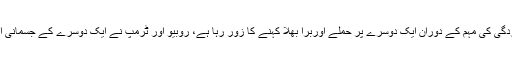
ریپبلیکن پارٹی کی صدارتی نامزدگی کی مہم کے دوران ایک دوسرے پر حملے اوربرا بھلا کہنے کا زور رہا ہے، روبیو اور ٹرمپ نے ایک دوسرے کے جسمانی انداز پر ناشائستہ حملے کیے ہیں۔